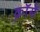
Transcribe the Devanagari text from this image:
क्रॉसें